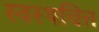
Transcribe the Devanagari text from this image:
स्वस्थचित्त